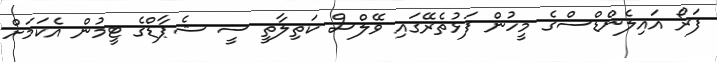
ފަރޯ އައިލެންޑްސްގެ މީހުން ފަޅުތެރޭގައި ވޭލްސް ކަތިލާތީ ސީ ޝެޕާޑްގެ ޓީމުން އެކަމަށް